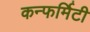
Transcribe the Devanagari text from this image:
कन्फर्मिटी